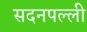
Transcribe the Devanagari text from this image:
सदनपल्ली